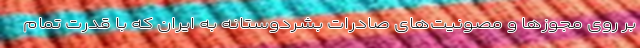
بر روی مجوزها و مصونیت‌های صادرات بشردوستانه به ایران که با قدرت تمام